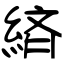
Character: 緕